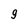
Character: 9